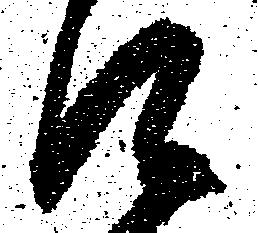
口